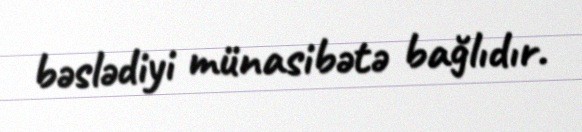
bəslədiyi münasibətə bağlıdır.